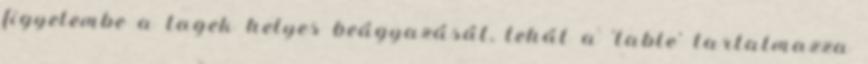
figyelembe a tagek helyes beágyazását, tehát a 'table' tartalmazza